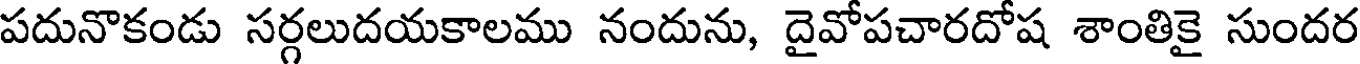
పదునొకండు సర్గలుదయకాలము నందును, దైవోపచారదోష శాంతికై సుందర